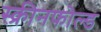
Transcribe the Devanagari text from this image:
स्क्रीनफोल्ड